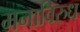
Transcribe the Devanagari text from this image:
मनाविरुध